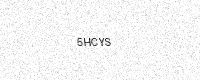
Text: 5HCYS